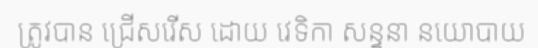
ត្រូវបាន ជ្រើសរើស ដោយ វេទិកា សន្ទនា នយោបាយ